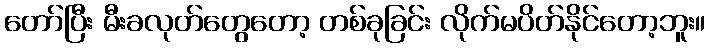
တော်ပြီး မီးခလုတ်တွေတော့ တစ်ခုခြင်း လိုက်မပိတ်နိုင်တော့ဘူး။